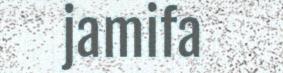
jamifa